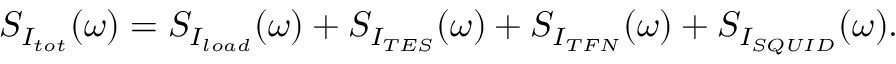
S _ { I _ { t o t } } ( \omega ) = S _ { I _ { l o a d } } ( \omega ) + S _ { I _ { T E S } } ( \omega ) + S _ { I _ { T F N } } ( \omega ) + S _ { I _ { S Q U I D } } ( \omega ) .